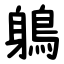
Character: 鵢